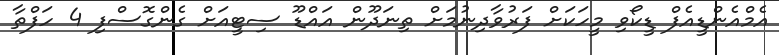
އެމްއެންޑީއެފް ޑީކޯވި މީހަކަށް ފަރުވާދިނުމަށް ތިނަދޫން އައްޑޫ ސިޓީއަށް ގެންގޮސްފި 4 ހަފްތާ